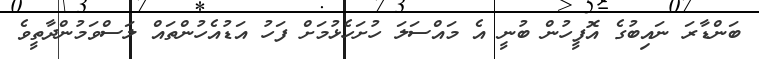
ބަންޑާރަ ނައިބުގެ އޮފީހުން ބުނީ އެ މައްސަލަ ހުށަހެޅުމަށް ފަހު އަޑުއެހުންތައް ލަސްވަމުންދާތީވެ